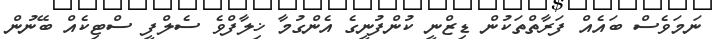
ނަމަވެސް ބައެއް ފަރާތްތަކުން ޑިޒްނީ ކުންފުނީގެ އެންގުމާ ޚިލާފްވެ ސެލްފީ ސްޓިކެއް ބޭނުން